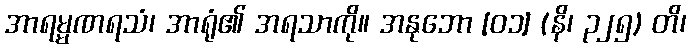
အာရမ္မဏရသံ၊ အာရုံ၏ အရသာကို။ အနုဘော [၀၁] (နိ၊ ၃၂၅) တိ၊